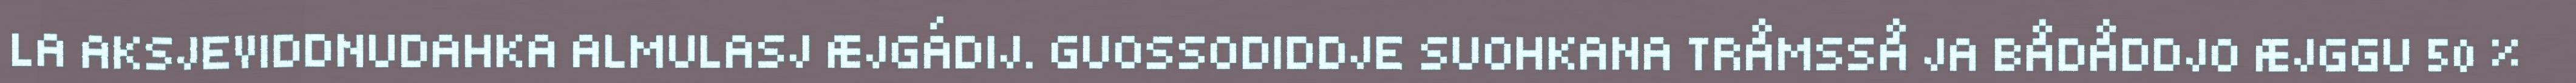
LA AKSJEVIDDNUDAHKA ALMULASJ ÆJGÁDIJ. GUOSSODIDDJE SUOHKANA TRÅMSSÅ JA BÅDÅDDJO ÆJGGU 50 %